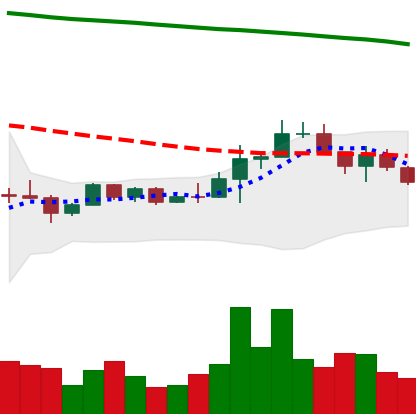
Ticker: EOS-USD
Chart end date: 2022-12-15
Forward return: -6.691%
Label: down_5_7